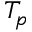
T _ { p }